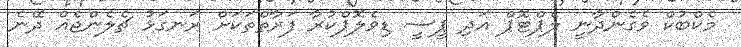
މެކްބުކް ވެގެންދާނީ ލެޕްޓޮޕް އަދި ޕީސީ ޑިވެލޮޕްކުރާ ފަރާތްތަކަށް ރަނގަޅު ޗެލެންޖެއް ދޭނެ